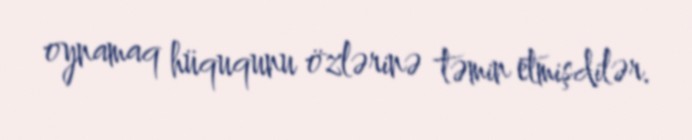
oynamaq hüququnu özlərinə təmin etmişdilər.